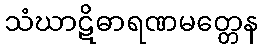
သံဃာဋိဓာရဏမတ္တေန